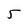
Character: 5